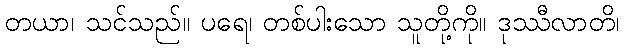
တယာ၊ သင်သည်။ ပရေ၊ တစ်ပါးသော သူတို့ကို။ ဒုဿီလာတိ၊